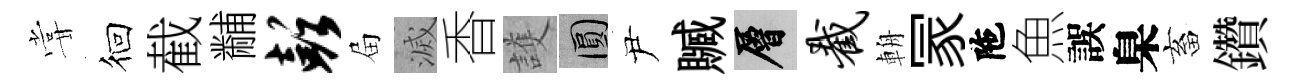
甞徊截黼彭屇滅香護圓尹贓層截輈冡陁魚誤臬畜鑽